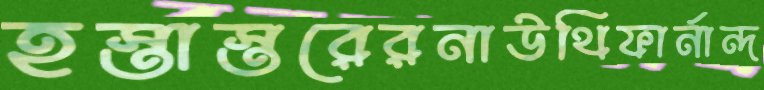
হস্তাস্তরেরনাউথিফার্নান্দ